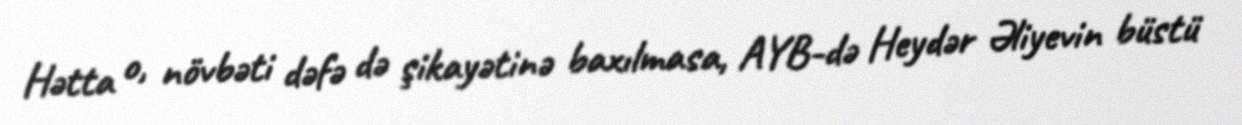
Hətta o, növbəti dəfə də şikayətinə baxılmasa, AYB-də Heydər Əliyevin büstü